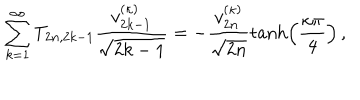
LaTeX: \sum _ { k = 1 } ^ { \infty } T _ { 2 n , 2 k - 1 } \frac { v _ { 2 k - 1 } ^ { ( \kappa ) } } { \sqrt { 2 k - 1 } } = - \frac { v _ { 2 n } ^ { ( \kappa ) } } { \sqrt { 2 n } } \tanh \left( \frac { \kappa \pi } { 4 } \right) \, ,